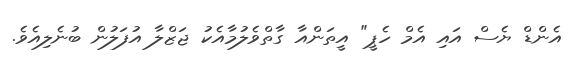
އެންޑް ޔެސް އައި އެމް ހެޕީ" އީތަންއާ ގާތްވެލުމާއެކު ޖަޒްލާ އުފަލުން ބުނެލިއެވެ.